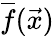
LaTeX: \overline{f}(\vec{x})